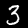
Label: 3